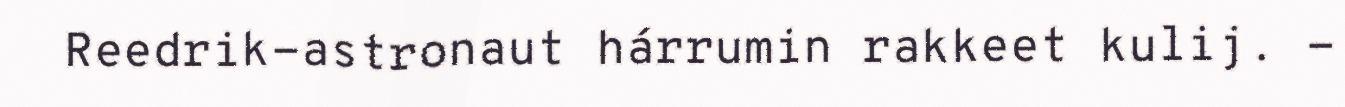
Reedrik-astronaut hárrumin rakkeet kulij. -